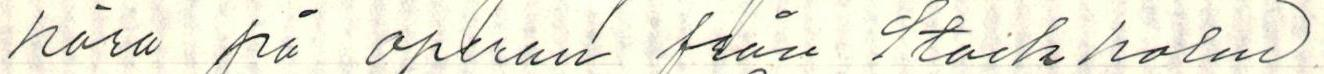
nära på operan från Stockholm